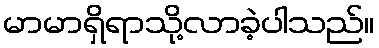
မာမာရှိရာသို့လာခဲ့ပါသည်။